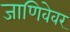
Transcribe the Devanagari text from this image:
जाणिवेवर